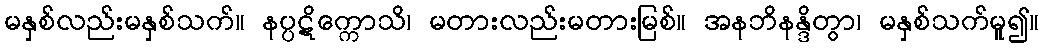
မနှစ်လည်းမနှစ်သက်။ နပ္ပဋိက္ကောသိ၊ မတားလည်းမတားမြစ်။ အနဘိနန္ဒိတွာ၊ မနှစ်သက်မူ၍။